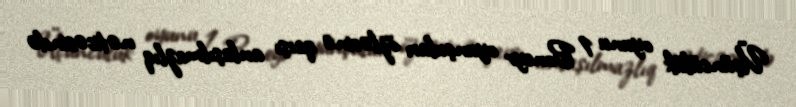
Üçüncülük oyunu 1 Boneyr oyunçuları özlərinə qarşı anlaşılmazlıq nəticəsində